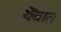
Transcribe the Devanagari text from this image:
थेंबात